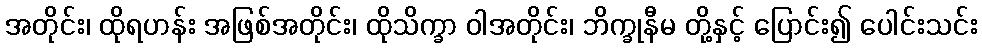
အတိုင်း၊ ထိုရဟန်း အဖြစ်အတိုင်း၊ ထိုသိက္ခာ ဝါအတိုင်း၊ ဘိက္ခုနီမ တို့နှင့် ပြောင်း၍ ပေါင်းသင်း